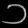
Digit: ၁